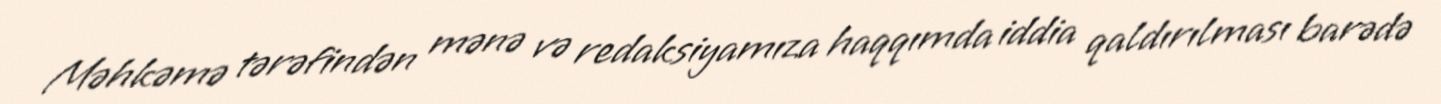
Məhkəmə tərəfindən mənə və redaksiyamıza haqqımda iddia qaldırılması barədə